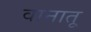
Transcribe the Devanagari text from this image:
वानातू